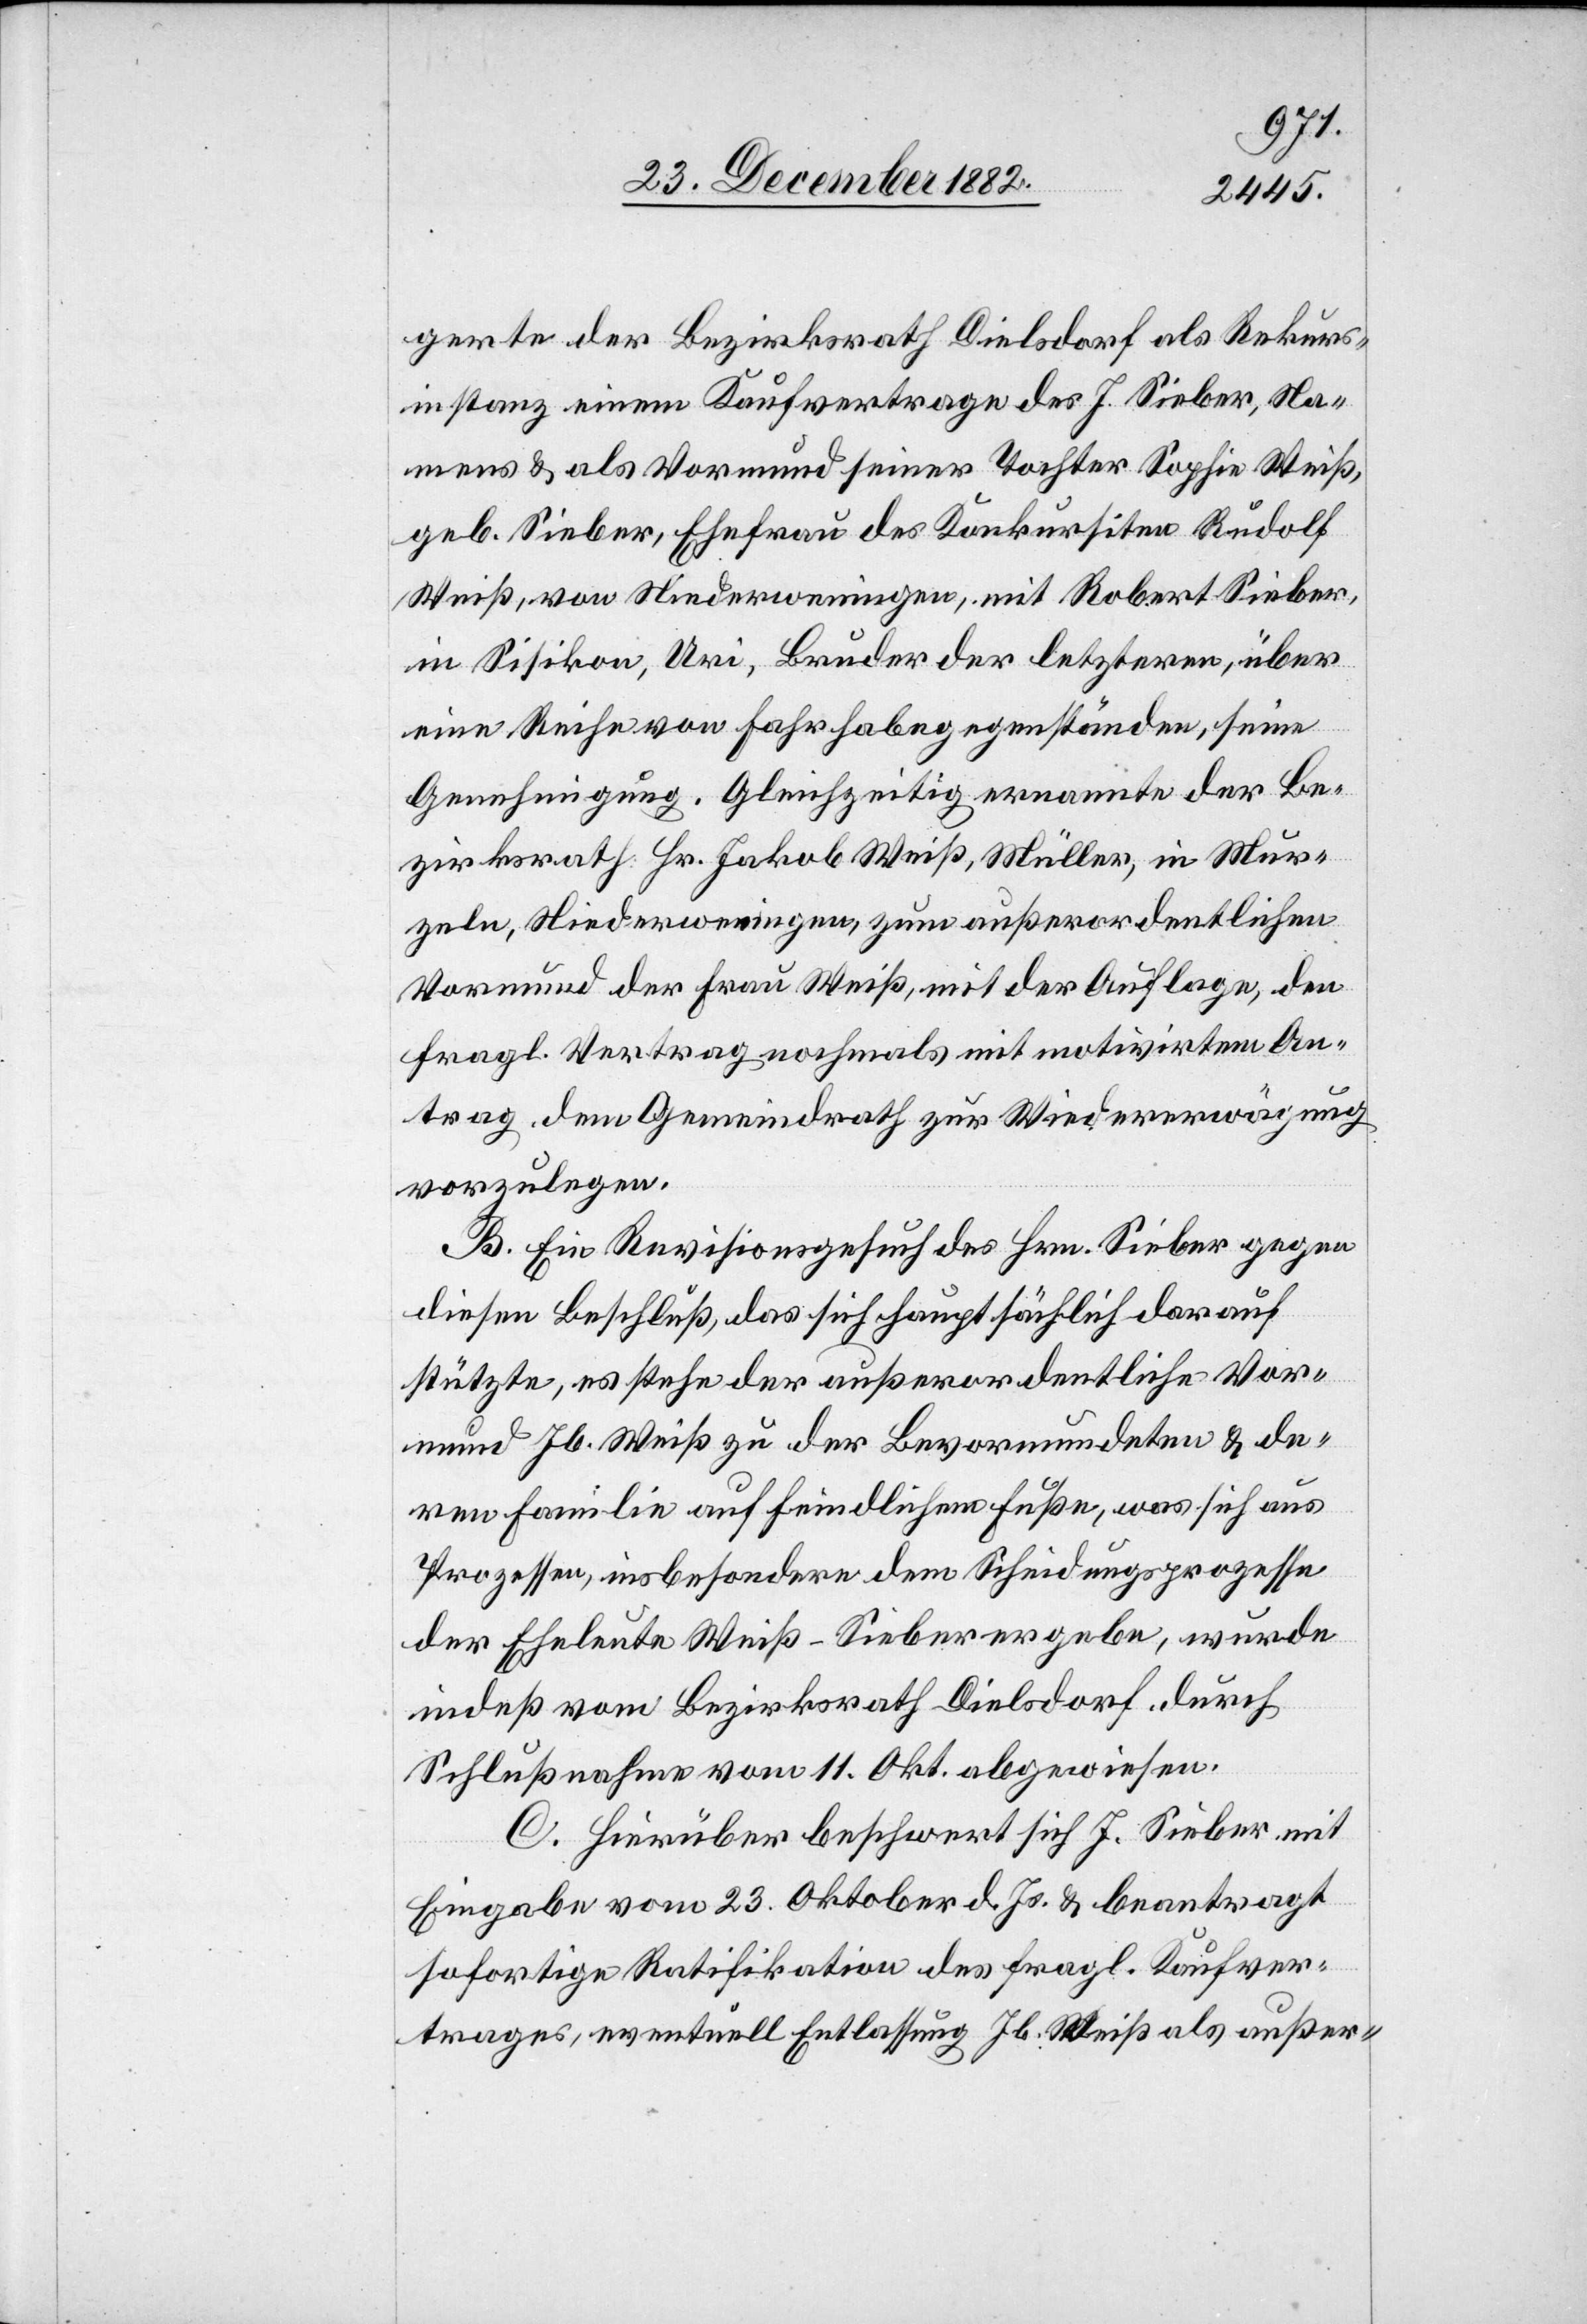
gerte der Bezirksrath Dielsdorf als Rekurs¬
instanz einem Kaufvertrage des J. Sieber, Na¬
mens & als Vormund seiner Tochter Sophie Weiß,
geb. Sieber, Ehefrau des Konkursiten Rudolf
Weiß, von Niederweningen, mit Robert Sieber,
in Sisikon, Uri, Bruder der letzteren, über
eine Reihe von Fahrhabegegenständen, seine
Genehmigung. Gleichzeitig ernannten der Be¬
zirksrath Hr. Jakob Weiß, Müller, in Mur¬
zeln, Niederweningen, zum außerordentlichen
Vormund der Frau Weiß, mit der Auflage, den
fragl. Vertrag nochmals mit motivirtem An¬
trag dem Gemeindrath zur Wiedererwägung
vorzulegen.
B. Ein Revisionsgesuch des Hrn. Sieber gegen
diesen Beschluß, das sich hauptsächlich darauf
stützte, es stehe der außerordentliche Vor¬
mund des Jb. Weiß zu der Bevormundeten & de¬
ren Familie auf feindlichem Fuße, was sich aus
Prozessen insbesondere dem Scheidungsprozesse
der Eheleute Weiß-Sieber ergebe, wurde
indeß vom Bezirksrath Dielsdorf durch
Schlußnahme vom 11. Okt. abgewiesen.
C. Hierüber beschwert sich J. Sieber mit
Eingabe vom 23. Oktober d. Js. & beantragt
sofortige Ratifikation des fragl. Kaufver¬
trages, eventuell Entlassung Jb. Weiß als außer-